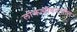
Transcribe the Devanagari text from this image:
लोकजीवनातील